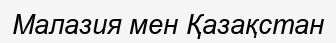
Малазия мен Қазақстан